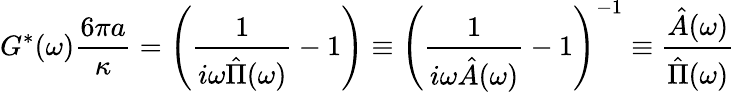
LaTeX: G^{*}(\omega)\frac{6\pi a}{\kappa}=\left(\frac{1}{i\omega\hat{\Pi}(\omega)}-1\right)\equiv\left(\frac{1}{i\omega\hat{A}(\omega)}-1\right)^{-1}\equiv\frac{\hat{A}(\omega)}{\hat{\Pi}(\omega)}